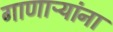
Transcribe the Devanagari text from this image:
गाणाऱ्यांना